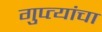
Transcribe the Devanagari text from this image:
गुप्त्यांचा